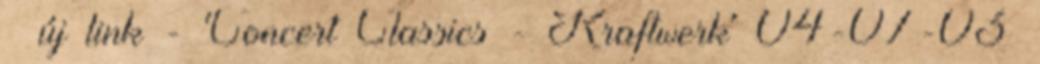
» új link - 'Concert Classics - Kraftwerk' 04-07-03